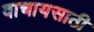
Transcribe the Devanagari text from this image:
वाचायसाठी